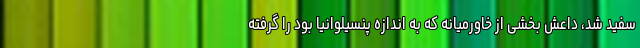
سفید شد، داعش بخشی از خاورمیانه که به اندازه پنسیلوانیا بود را گرفته